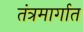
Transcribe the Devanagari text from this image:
तंत्रमार्गात